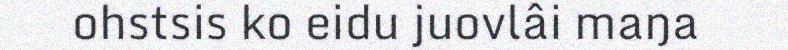
ohstsis ko eidu juovlâi maŋa